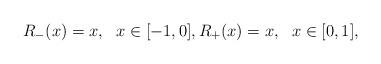
LaTeX: \begin{align*}R_-(x) = x, \ \ x \in [-1,0], R_+(x) = x, \ \ x \in [0,1],\end{align*}